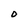
Character: 0